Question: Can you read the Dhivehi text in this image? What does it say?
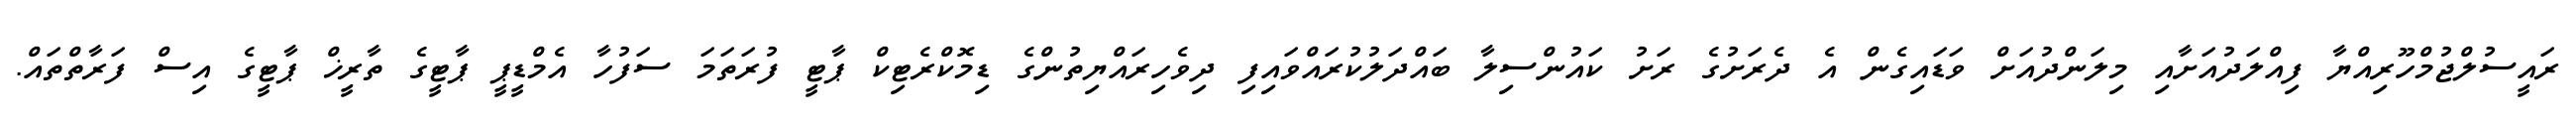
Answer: ރައީސުލްޖުމްހޫރިއްޔާ ފިއްލަދުއަށާއި މިލަންދުއަށް ވަޑައިގެން އެ ދެރަށުގެ ރަށު ކައުންސިލާ ބައްދަލުކުރައްވައިފި ދިވެހިރައްޔިތުންގެ ޑިމޮކްރެޓިކް ޕާޓީ ފުރަތަމަ ސަފުހާ އެމްޑީޕީ ޕާޓީގެ ތާރީޚް ޕާޓީގެ އިސް ފަރާތްތައް.